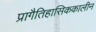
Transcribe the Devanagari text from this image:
प्रागैतिहासिककालीन